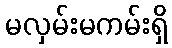
မလှမ်းမကမ်းရှိ